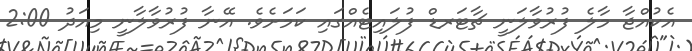
އެކުއްޖާ މާލެ ފުރުވާލަނީ ޗާޓަރޑް ފުލައިޓެއްގައި ކަމަށެވެ. އޭނާ ފުރުވާލާނީ މިއަދު 2:00